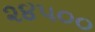
૨૪૫૦૦